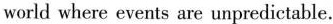
world where events are unpredictable.